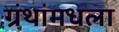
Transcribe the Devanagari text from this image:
ग्रंथांमधला